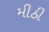
મીઠી